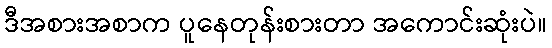
ဒီအစားအစာက ပူနေတုန်းစားတာ အကောင်းဆုံးပဲ။